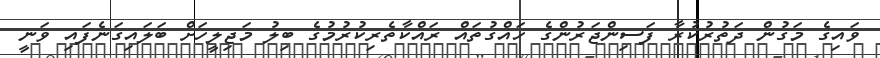
ވައިގެ މަގުން ދަތުރުކުރާ ފަސިންޖަރުންގެ ހައްގުތައް ރައްކާތެރިކުރުމުގެ ބިލު މަޖިލީހަށް ބަލައިގަނެފައި ވަނީ